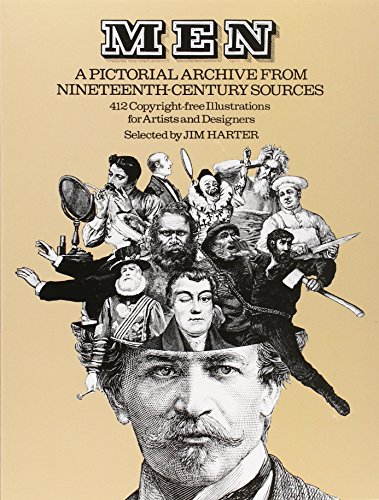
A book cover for Men: A Pictorial Archive from Nineteenth-Century Sources (Dover Pictorial Archive); Arts & Photography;